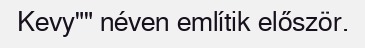
Kevy"" néven említik először.